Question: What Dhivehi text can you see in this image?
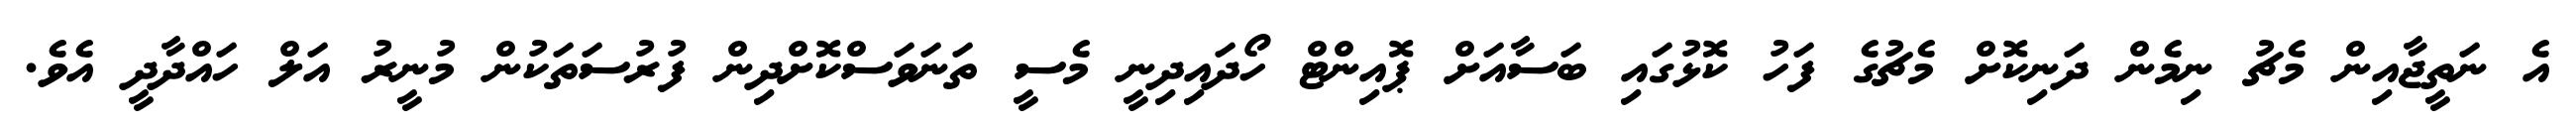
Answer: އެ ނަތީޖާއިން މެޗު ނިމެން ދަނިކޮށް މެޗުގެ ފަހު ކޮޅުގައި ބަސާއަށް ޕޮއިންޓް ހޯދައިދިނީ މެސީ ތަނަވަސްކޮށްދިން ފުރުސަތަކުން މުނީރު އަލް ހައްދާދީ އެވެ.